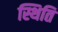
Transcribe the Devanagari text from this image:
स्थिति